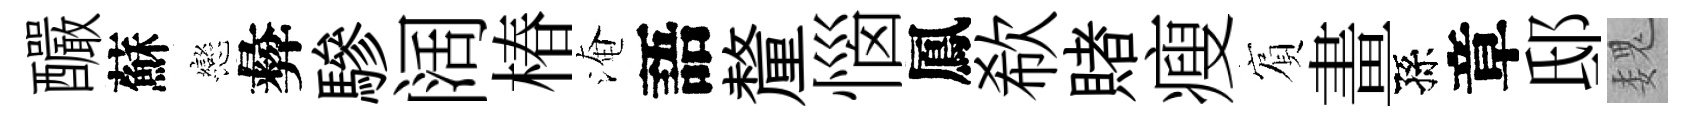
釅蘇戀彜驂阔椿淹語釐惱鳳欷賭瘦賔畫孫章邸魏